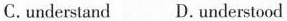
C.understand D.understood